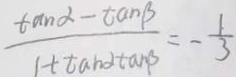
\frac { \tan \alpha - \tan \beta } { 1 + \tan \alpha \tan \beta } = - \frac { 1 } { 3 }